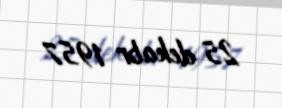
25 dekabr 1957